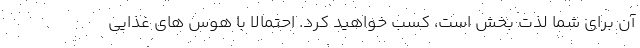
آن برای شما لذت بخش است، کسب خواهید کرد. احتمالا با هوس های غذایی